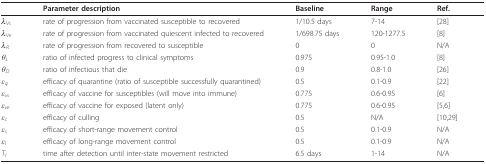
|  | Parameter description | Baseline | Range | Ref. |
 | --- | --- | --- | --- | --- |
 | λVs | rate of progression from vaccinated susceptible to recovered | 1/10.5 days | 7-14 | [28] |
 | λVe | rate of progression from vaccinated quiescent infected to recovered | 1/698.75 days | 120-1277.5 | [8] |
 | λR | rate of progression from recovered to susceptible | 0 | 0 | N/A |
 | θL | ratio of infected progress to clinical symptoms | 0.975 | 0.95-1.0 | [8] |
 | θD | ratio of infectious that die | 0.9 | 0.8-1.0 | [26] |
 | εq | efficacy of quarantine (ratio of susceptible successfully quarantined) | 0.5 | 0.1-0.9 | [22] |
 | εvs | efficacy of vaccine for susceptibles (will move into immune) | 0.775 | 0.6-0.95 | [6] |
 | εve | efficacy of vaccine for exposed (latent only) | 0.775 | 0.6-0.95 | [5,6] |
 | εc | efficacy of culling | 0.5 | N/A | [10,29] |
 | εs | efficacy of short-range movement control | 0.5 | 0.1-0.9 | N/A |
 | εl | efficacy of long-range movement control | 0.5 | 0.1-0.9 | N/A |
 | Tl | time after detection until inter-state movement restricted | 6.5 days | 1-14 | N/A |